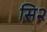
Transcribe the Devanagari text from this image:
सि२